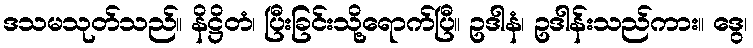
ဒသမသုတ်သည်။ နိဋ္ဌိတံ၊ ပြီးခြင်းသို့ရောက်ပြီ။ ဥဒါနံ၊ ဥဒါန်းသည်ကား။ ဒွေ၊